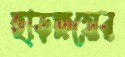
হাড়ক্ষয়ের